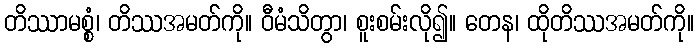
တိဿာမစ္စံ၊ တိဿအမတ်ကို။ ဝီမံသိတွာ၊ စူးစမ်းလို၍။ တေန၊ ထိုတိဿအမတ်ကို။